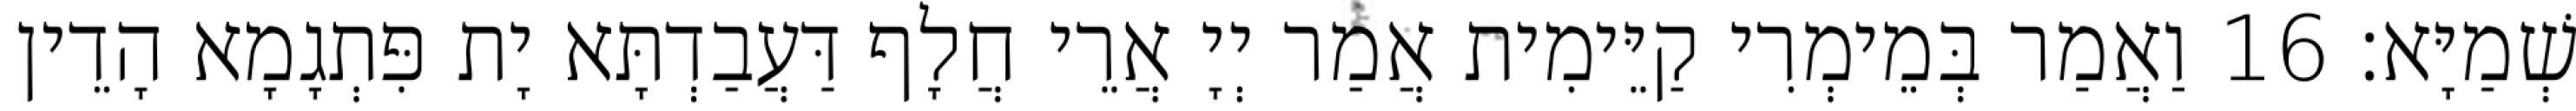
שְׁמַיָּא׃ 16 וַאֲמַר בְּמֵימְרִי קַיֵּימִית אֲמַר יְיָ אֲרֵי חֲלָף דַּעֲבַדְתָּא יָת פִּתְגָמָא הָדֵין